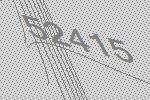
52415